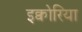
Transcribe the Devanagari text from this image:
इक्वोरिया